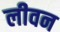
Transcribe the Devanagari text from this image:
लीवन